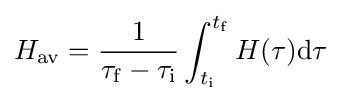
H_{\rm {av}}={\frac {1}{\tau _{\rm {f}}-\tau _{\rm {i}}}}\int _{t_{\rm {i}}}^{t_{\rm {f}}}H(\tau )\mathrm {d} \tau